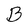
Character: B